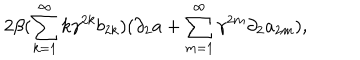
2 \beta ( \sum _ { k = 1 } ^ { \infty } k { \gamma } ^ { 2 k } b _ { 2 k } ) ( { \partial } _ { 2 } a + \sum _ { m = 1 } ^ { \infty } { \gamma } ^ { 2 m } { \partial } _ { 2 } a _ { 2 m } ) ,